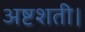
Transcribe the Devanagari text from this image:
अष्टशती।